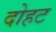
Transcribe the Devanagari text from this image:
दोहट